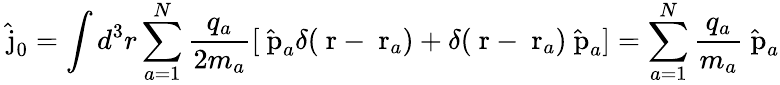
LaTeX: \hat{\mathrm{\mathbf~j}}_{0}=\int d^{3}r\sum_{a=1}^{N}\frac{q_{a}}{2m_{a}}[\hat{\mathrm{\mathbf~p}}_{a}\delta(\mathrm{\mathbf~r}-\mathrm{\mathbf~r}_{a})+\delta(\mathrm{\mathbf~r}-\mathrm{\mathbf~r}_{a})\hat{\mathrm{\mathbf~p}}_{a}]=\sum_{a=1}^{N}\frac{q_{a}}{m_{a}}\hat{\mathrm{\mathbf~p}}_{a}